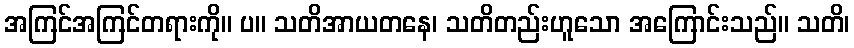
အကြင်အကြင်တရားကို။ ပ။ သတိအာယတနေ၊ သတိတည်းဟူသော အကြောင်းသည်။ သတိ၊